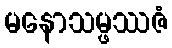
မနောသမ္ဖဿဇံ